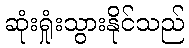
ဆုံးရှုံးသွားနိုင်သည်